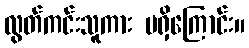
လွတ်ကင်းသူကား မရှိကြောင်း။